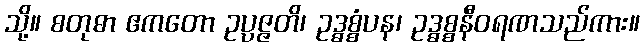
သို့။ စတုဓာ ဧကတော ဥပ္ပဇ္ဇတိ၊ ဥဒ္ဓစ္စံပန၊ ဥဒ္ဓစ္စနီဝရဏသည်ကား။